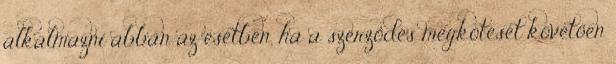
alkalmazni abban az esetben, ha a szerződés megkötését követően